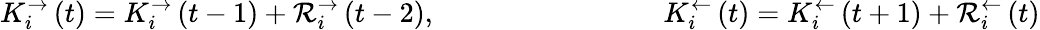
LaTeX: K_{i}^{\rightarrow}\left(t\right)=K_{i}^{\rightarrow}\left(t-1\right)+\mathcal{R}_{i}^{\rightarrow}\left(t-2\right),\qquad\qquad\qquad\qquad K_{i}^{\leftarrow}\left(t\right)=K_{i}^{\leftarrow}\left(t+1\right)+\mathcal{R}_{i}^{\leftarrow}\left(t\right)